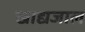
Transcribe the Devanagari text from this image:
खाद्यजाल